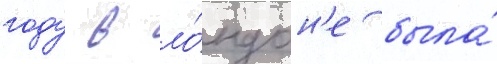
году в ло́ндон'е была́